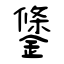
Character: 鎥